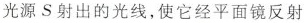
光源S射出的光线，使它经平面镜反射